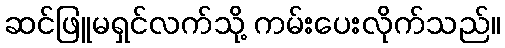
ဆင်ဖြူမရှင်လက်သို့ ကမ်းပေးလိုက်သည်။